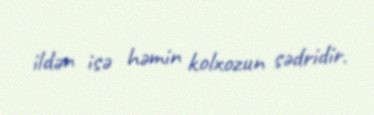
ildən isə həmin kolxozun sədridir.